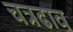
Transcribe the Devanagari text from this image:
चत्रढाव